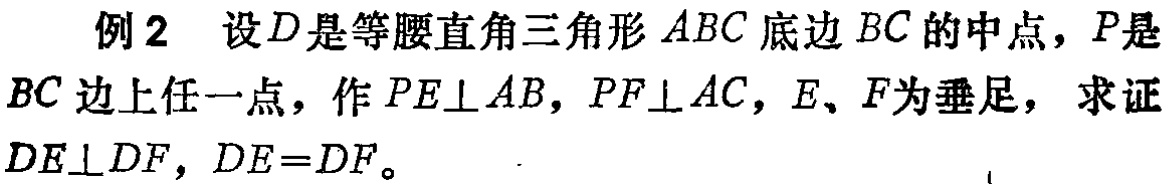
例2 设\(D\)是等腰直角三角形\(ABC\)底边\(BC\)的中点，\(P\)是\(BC\)边上任一点，作\(PE\perp AB\)，\(PF\perp AC\)，\(E\)、\(F\)为垂足，求证\(DE\perp DF\)，\(DE = DF\)。